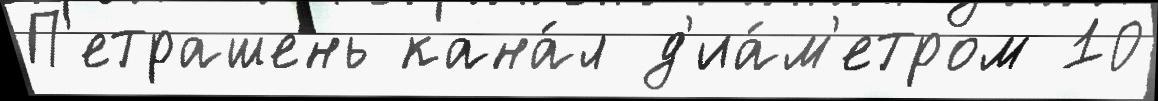
П'етрашень кана́л д'иа́м'етром 10